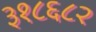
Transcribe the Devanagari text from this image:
३१८६८२